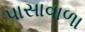
પાસાવાળા